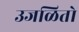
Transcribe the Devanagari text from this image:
उजळितो